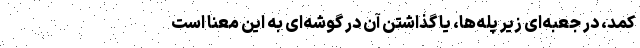
کمد، در جعبه‌ای زیر پله‌ها، یا گذاشتن آن در گوشه‌ای به این معنا است